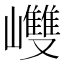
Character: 𡾼